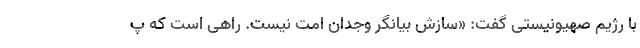
با رژیم صهیونیستی گفت: «سازش بیانگر وجدان امت نیست. راهی است که پ